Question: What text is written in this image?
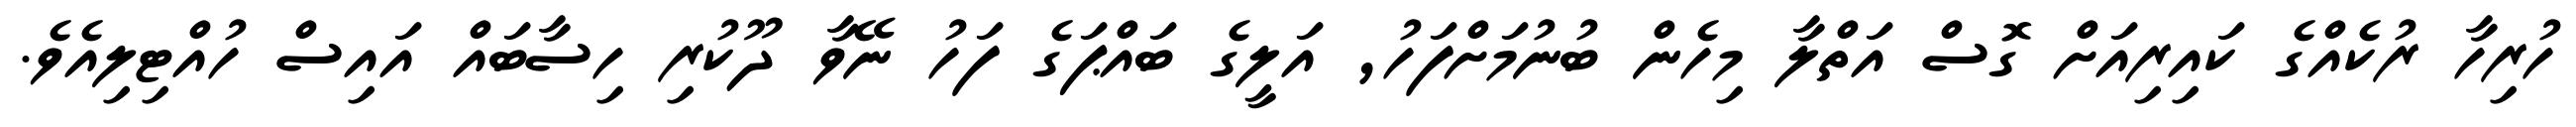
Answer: ހުރިހާ ރުކެއްގެ ކައިރިއަށް ގޮސް އަތްލާ މިހެން ބުނުމަށްފަހު, އަލީގެ ބައްޕަގެ ފަހު ނޭވާ ދޫކުރި ހިސާބައް އައިސް ހުއްޓިލިއެވެ.